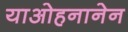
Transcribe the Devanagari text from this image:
याओहनानेन